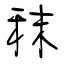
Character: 秣